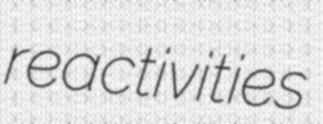
reactivities